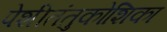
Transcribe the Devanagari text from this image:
पेशीतंतुकोशिका